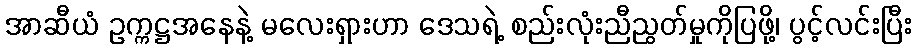
အာဆီယံ ဥက္ကဋ္ဌအနေနဲ့ မလေးရှားဟာ ဒေသရဲ့ စည်းလုံးညီညွတ်မှုကိုပြဖို့၊ ပွင့်လင်းပြီး